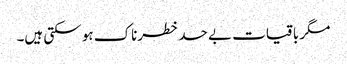
مگر باقیات بے حد خطرناک ہو سکتی ہیں۔